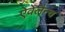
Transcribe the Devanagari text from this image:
ऐवेलैन्च